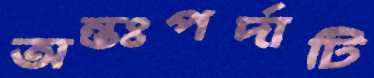
অন্তঃপর্দাটি